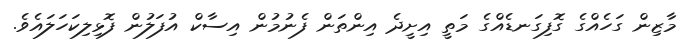
މާޒިން ގަހެއްގެ ގޮފިގަނޑެއްގެ މަތީ އިށީދެ އިންތަން ފެނުމުން އިސާކް އުފަލުން ފޮޅިލިކަހަލައެވެ.